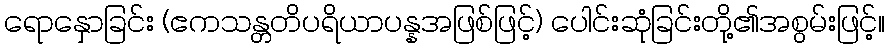
ရောနှောခြင်း (ဧကသန္တတိပရိယာပန္နအဖြစ်ဖြင့်) ပေါင်းဆုံခြင်းတို့၏အစွမ်းဖြင့်။